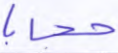
حجابا